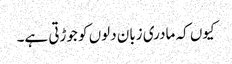
کیوں کہ مادری زبان دلوں کو جوڑتی ہے۔